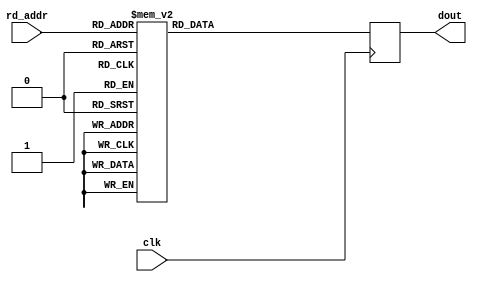
module floating_point_rom_b (
    input clk,
    input [4:0] rd_addr,
    output reg [31:0] dout
);

always @(posedge clk) begin: blk_rom_b
    case(rd_addr)
    5'd0: dout <= 32'h00f3_e301;
    5'd1: dout <= 32'h06d7_cd0d;
    5'd2: dout <= 32'h3b23_f176;
    5'd3: dout <= 32'h1e8d_cd3d;
    5'd4: dout <= 32'h76d4_57ed;
    5'd5: dout <= 32'h462d_f78c;
    5'd6: dout <= 32'h7cfd_e9f9;
    5'd7: dout <= {1'b0, {8{1'b1}}, 1'b1, {(23-1){1'b0}}}; // NaN
    5'd8: dout <= 32'h0;
    5'd9: dout <= {1'b0, {8{1'b1}}, {23{1'b0}}}; // +inf
    5'd10: dout <= 32'h00f3_e301;
    5'd11: dout <= 32'h06d7_cd0d;
    5'd12: dout <= 32'h3b23_f176;
    5'd13: dout <= 32'h1e8d_cd3d;
    5'd14: dout <= 32'h76d4_57ed;
    5'd15: dout <= 32'h462d_f78c;
    5'd16: dout <= 32'h7cfd_e9f9;
    5'd17: dout <= {1'b0, {8{1'b1}}, 1'b1, {(23-1){1'b0}}}; // NaN
    5'd18: dout <= 32'h0;
    5'd19: dout <= {1'b0, {8{1'b1}}, {23{1'b0}}}; // +inf
    default: dout <= 32'he337_24c6;
    endcase
end

endmodule